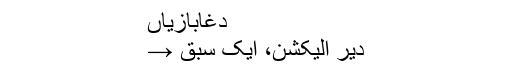
دغابازیاں
دیر الیکشن، ایک سبق →